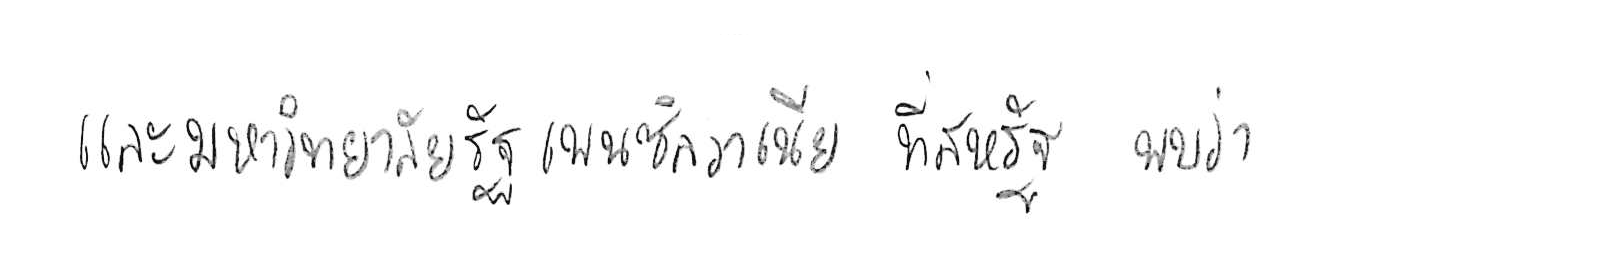
และมหาวิทยาลัยรัฐเพนซิลวาเนีย ที่สหรัฐ พบว่า